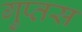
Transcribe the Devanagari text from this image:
गुप्तस